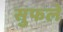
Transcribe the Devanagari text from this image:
सुफले